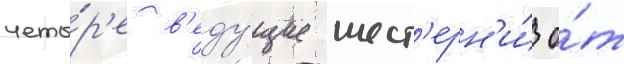
четы́р'е в'еду́щие шест'ерн'и́ о́т